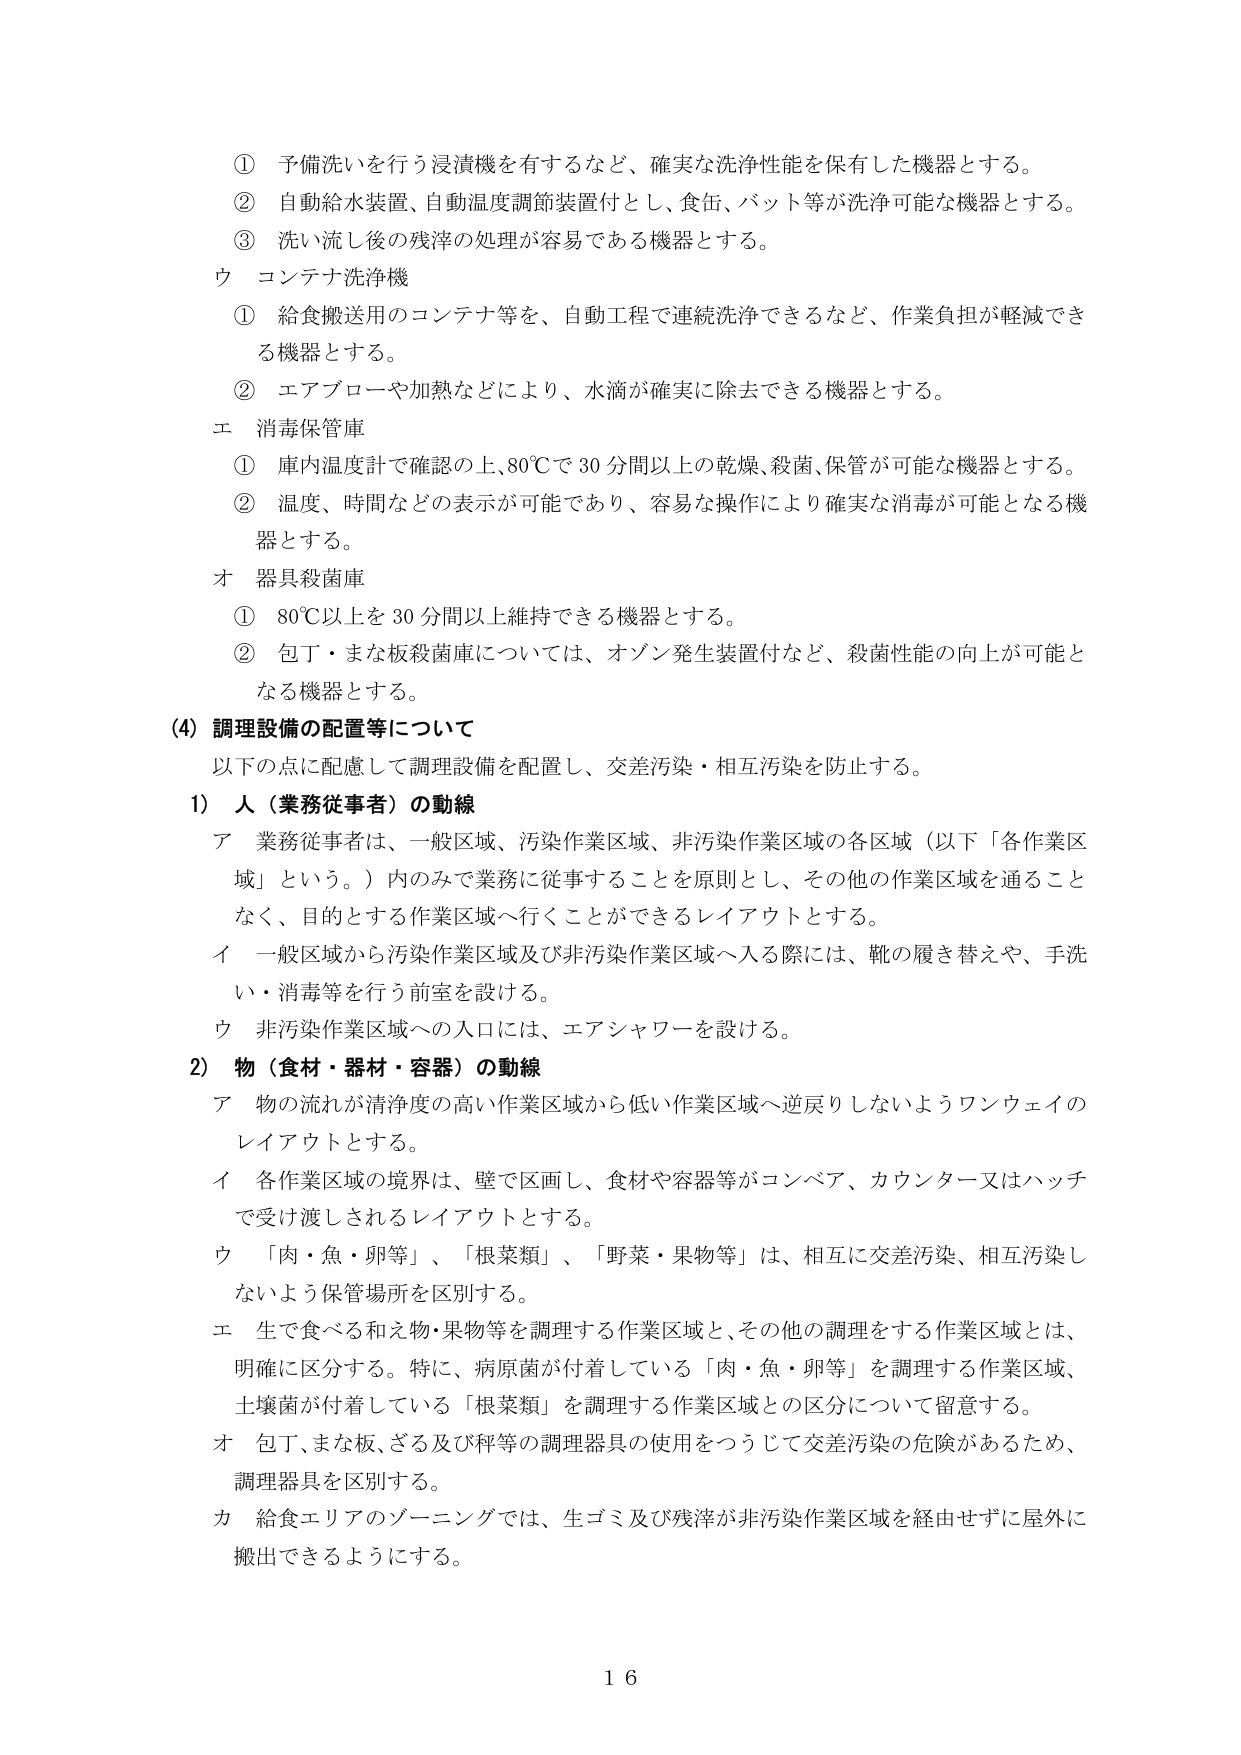
① 予備洗いを行う浸漬機を有するなど、確実な洗浄性能を保有した機器とする。
② 自動給水装置、自動温度調節装置付とし、食缶、パット等が洗浄可能な機器とする。
③ 洗い流し後の残滓の処理が容易である機器とする。
ウ コンテナ洗浄機
① 給食搬送用のコンテナ等を、自動工程で連続洗浄できるなど、作業負担が軽減できる機器とする。
② エアブローや加熱などにより、水滴が確実に除去できる機器とする。
エ 消毒保管庫
① 庫内温度計で確認の上、80℃で30分間以上の乾燥、殺菌、保管が可能な機器とする。
② 温度、時間などの表示が可能であり、容易な操作により確実な消毒が可能となる機器とする。
オ 器具殺菌庫
① 80℃以上を30分間以上維持できる機器とする。
② 包丁・まな板殺菌庫については、オゾン発生装置付など、殺菌性能の向上が可能となる機器とする。
(4) 調理設備の配置等について
以下の点に配慮して調理設備を配置し、交差汚染・相互汚染を防止する。
1) 人（業務従事者）の動線
ア 業務従事者は、一般区域、汚染作業区域、非汚染作業区域の各区域（以下「各作業区域」という。）内のみで業務に従事することを原則とし、その他の作業区域を通ることなく、目的とする作業区域へ行くことができるレイアウトとする。
イ 一般区域から汚染作業区域及び非汚染作業区域へ入る際には、靴の履き替えや、手洗い・消毒等を行う前室を設ける。
ウ 非汚染作業区域への入口には、エアシャワーを設ける。
2) 物（食材・器材・容器）の動線
ア 物の流れが清浄度の高い作業区域から低い作業区域へ逆戻りしないようワンウェイのレイアウトとする。
イ 各作業区域の境界は、壁で区画し、食材や容器等がコンベア、カウンター又はハッチで受け渡しされるレイアウトとする。
ウ 「肉・魚・卵等」、「根菜類」、「野菜・果物等」は、相互に交差汚染、相互汚染しないよう保管場所を区別する。
エ 生で食べる和え物・果物等を調理する作業区域と、その他の調理をする作業区域とは、明確に区分する。特に、病原菌が付着している「肉・魚・卵等」を調理する作業区域、土壌菌が付着している「根菜類」を調理する作業区域との区分について留意する。
オ 包丁、まな板、ざる及び秤等の調理器具の使用をつうじて交差汚染の危険があるため、調理器具を区別する。
カ 給食エリアのゾーニングでは、生ゴミ及び残滓が非汚染作業区域を経由せずに屋外に搬出できるようにする。
16